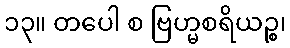
၁၃။ တပေါ စ ဗြဟ္မစရိယဉ္စ၊